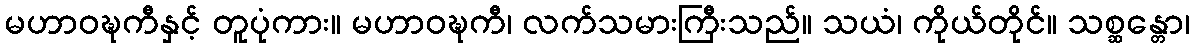
မဟာဝဍ္ဎကီနှင့် တူပုံကား။ မဟာဝဍ္ဎကီ၊ လက်သမားကြီးသည်။ သယံ၊ ကိုယ်တိုင်။ သစ္ဆန္တော၊